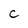
Character: C